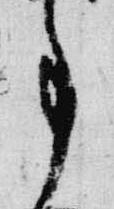
事